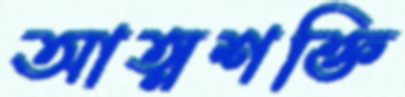
আত্মশক্তি